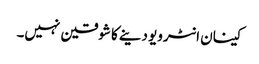
کینان انٹرویو دینے کا شوقین نہیں۔